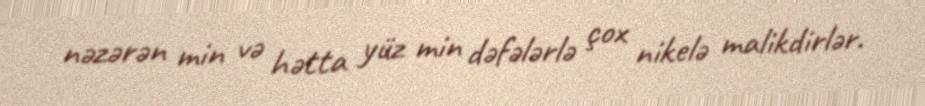
nəzərən min və hətta yüz min dəfələrlə çox nikelə malikdirlər.